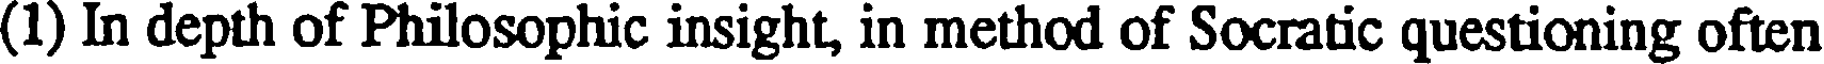
(1) In depth of Philosophic insight, in method of Socratic questioning often